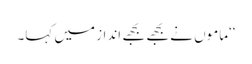
‘‘ماموں نے بجھے بجھے انداز میں کہا۔